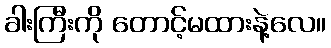
ခါးကြီးကို တောင့်မထားနဲ့လေ။